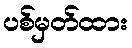
ပစ်မှတ်ထား